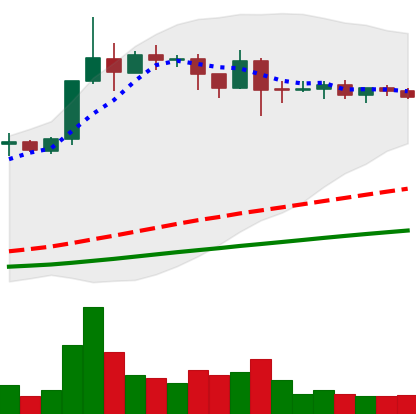
Ticker: ADA-USD
Chart end date: 2019-04-18
Forward return: -8.867%
Label: down_7plus